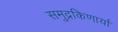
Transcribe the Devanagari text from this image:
समुद्रकिणार्या